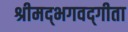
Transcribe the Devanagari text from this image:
श्रीमद्‌भगवद्‍गीता